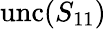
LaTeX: \mathrm{unc}(S_{11})